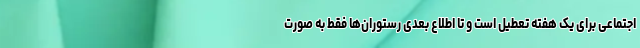
اجتماعی برای یک هفته تعطیل است و تا اطلاع بعدی رستوران‌ها فقط به صورت